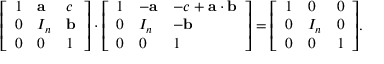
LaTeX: { \left[ \begin{array} { l l l } { 1 } & { \mathbf { a } } & { c } \\ { 0 } & { I _ { n } } & { \mathbf { b } } \\ { 0 } & { 0 } & { 1 } \end{array} \right] } \cdot { \left[ \begin{array} { l l l } { 1 } & { - \mathbf { a } } & { - c + \mathbf { a } \cdot \mathbf { b } } \\ { 0 } & { I _ { n } } & { - \mathbf { b } } \\ { 0 } & { 0 } & { 1 } \end{array} \right] } = { \left[ \begin{array} { l l l } { 1 } & { 0 } & { 0 } \\ { 0 } & { I _ { n } } & { 0 } \\ { 0 } & { 0 } & { 1 } \end{array} \right] } .